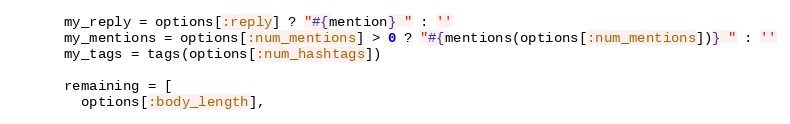
Language: Ruby
      my_reply = options[:reply] ? "#{mention} " : ''
      my_mentions = options[:num_mentions] > 0 ? "#{mentions(options[:num_mentions])} " : ''
      my_tags = tags(options[:num_hashtags])

      remaining = [
        options[:body_length],